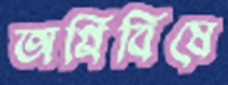
অগ্নিবিষে